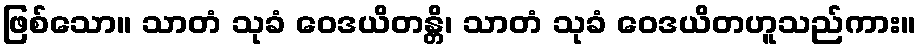
ဖြစ်သော။ သာတံ သုခံ ဝေဒယိတန္တိ၊ သာတံ သုခံ ဝေဒယိတဟူသည်ကား။